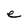
Character: e